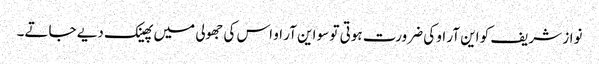
نواز شریف کو این آر او کی ضرورت ہوتی تو سو این آر او اس کی جھولی میں پھینک دیے جاتے۔